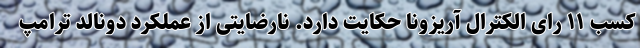
کسب ۱۱ رای الکترال آریزونا حکایت دارد. نارضایتی از عملکرد دونالد ترامپ